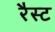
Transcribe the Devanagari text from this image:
रैस्ट